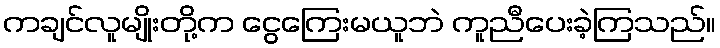
ကချင်လူမျိုးတို့က ငွေကြေးမယူဘဲ ကူညီပေးခဲ့ကြသည်။